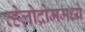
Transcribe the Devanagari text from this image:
व्हेलोद्रोममध्ये